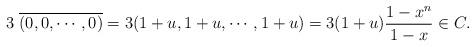
LaTeX: \begin{align*}3~\overline{(0,0,\cdots,0)}=3(1+u,1+u,\cdots,1+u)=3(1+u)\frac{1-x^n}{1-x}\in C.\end{align*}